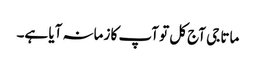
ماتا جی آج کل تو آپ کا زمانہ آیا ہے۔